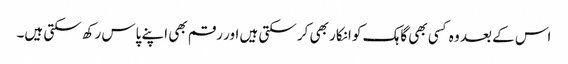
اس کے بعد وہ کسی بھی گاہک کو انکار بھی کر سکتی ہیں اور رقم بھی اپنے پاس رکھ سکتی ہیں۔